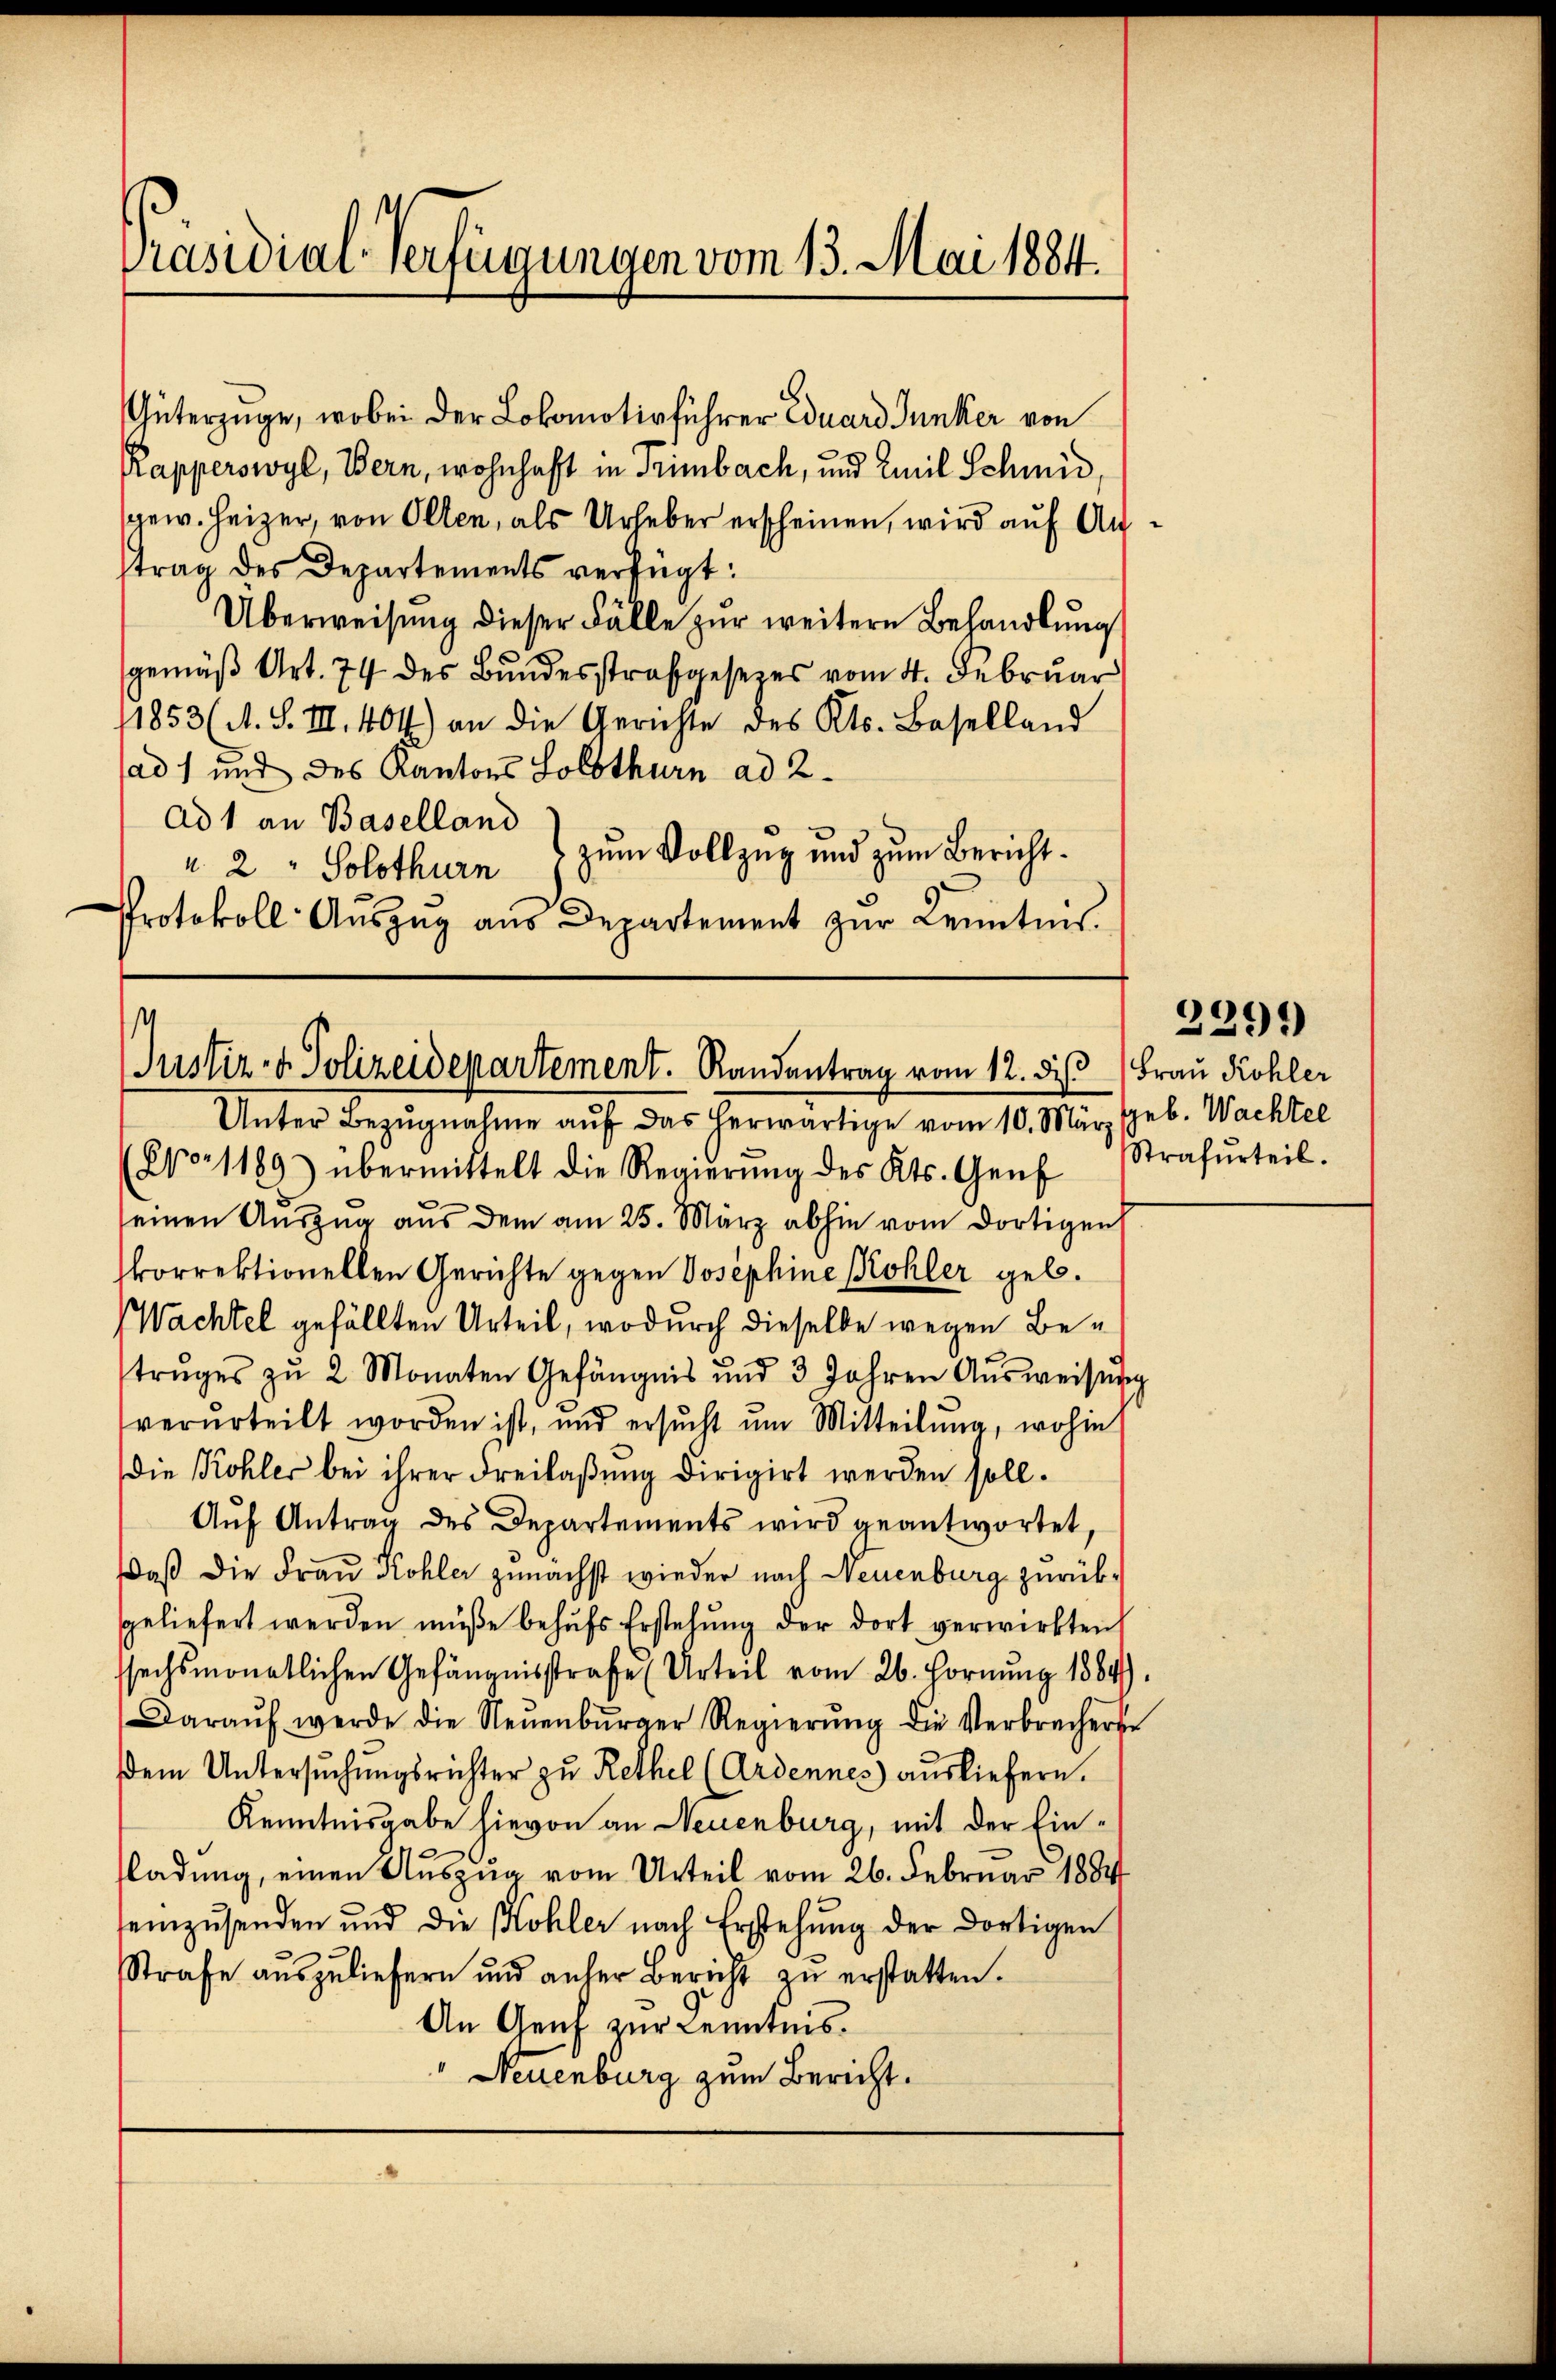
.
Güterzüge, wobei der Lokomotivführer Eduard Junker von
Rapperswyl, Bern, wohnhaft in Trimbach, und Emil Schmid,
gew. Heizer, von Olten, als Urheber erscheinen, wird auf Antrag des Departements verfügt:
Überweisung dieser Fälle zur weitere Behandlung
gemäß Art. 74 des Bundesstrafgesezes vom 4. Februar
11853 (A. S. III. 404) an die Gerichte des Kts. Baselland
sad 1 und des Kantons Solothurn ad 2.
Ad 1 an Baselland
" 2, Solothurn zum Vollzug und zum Bericht.
Protokoll- Aŭszŭg aŭs Departement zŭr Kenntnis

Präsidial-Verfügungen vom 13. Mai 1884.

s
Justiz- & Polizeidepartement. Randantrag vom 12. die Frau Kohler

Unter Bezugnahme auf das herwärtige vom 10. März geb. Wachtel
(No 1189) übermittelt die Regierŭng des Kts. Genf Strafurteil.
seinen Auszug aus dem am 25. März abhin vom dortigen
korrektionellen Gerichte gegen Josephine Kohler geb.
Wachtel gefällten Urteil, wodurch dieselbe wegen Betrŭges zŭ 2 Monaten Gefängnis und 3 Jahren Aŭsweisung
verurteilt worden ist, und ersŭcht um Mitteilŭng, wohin
die Kohler bei ihrer Freilaßung dirigirt werden soll.
Aŭf Antrag des Departements wird geantwortet,
Daß die Frau Kohler zunächst wieder nach Neuenburg zurüksgeliefert werden müße behŭfs Erstehung der dort verwirkten
ssechsmonatlichen Gefängnisstrafe (Urteil vom 26. Hornung 1884)
Daraŭf werde die Neŭenbŭrger Regierŭng die Verbrecherse
dem Untersŭchŭngsrichter zu Rethel (Ardennes ausliefern.
Kenntnisgabe hievon an Neuenburg, mit der Einladung, einen Auszug vom Urteil vom 26. Februar 1884
einzŭsenden und die Kohler nach Erstehung der dortigen
Strafe aŭszŭliefern und anher Bericht zŭ erstatten.
An Genf zur Kenntnis.
Neuenburg zum Bericht.

2291)